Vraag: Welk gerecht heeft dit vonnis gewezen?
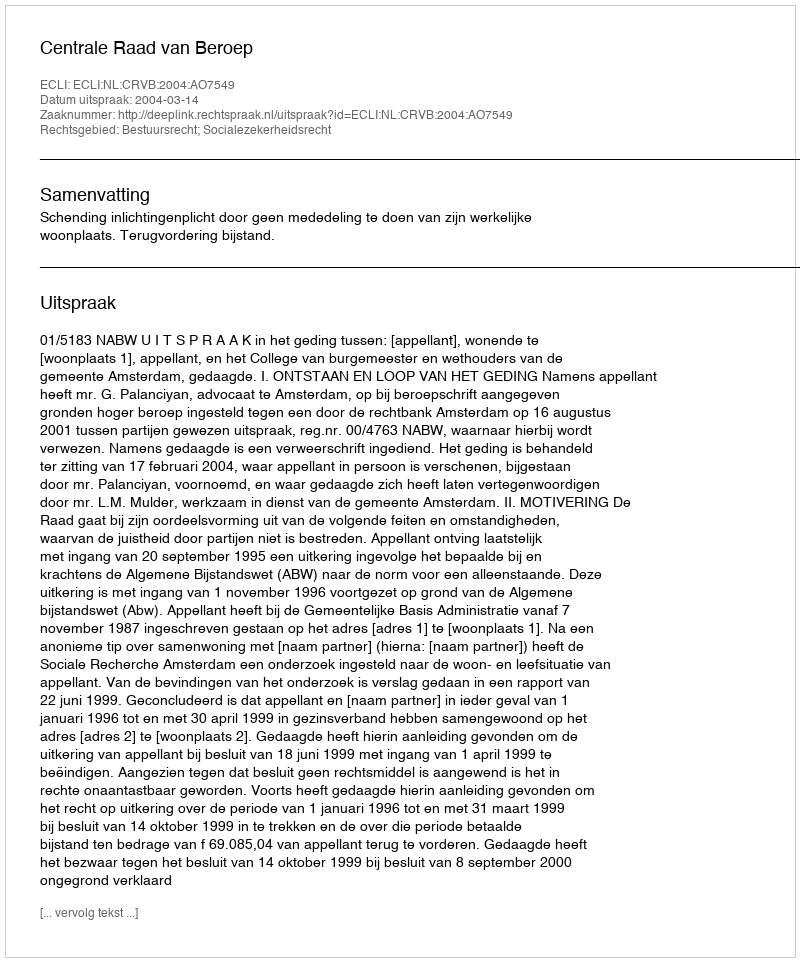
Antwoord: Centrale Raad van Beroep